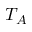
T _ { A }